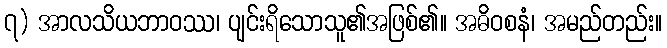
၇) အာလသိယဘာဝဿ၊ ပျင်းရိသောသူ၏အဖြစ်၏။ အဓိဝစနံ၊ အမည်တည်း။